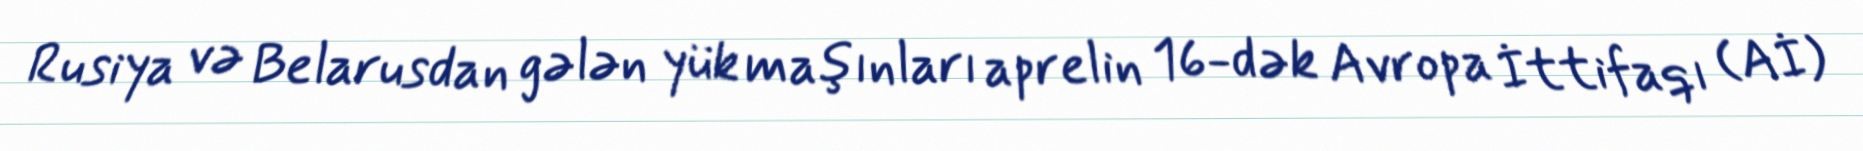
Rusiya və Belarusdan gələn yük maşınları aprelin 16-dək Avropa İttifaqı (Aİ)